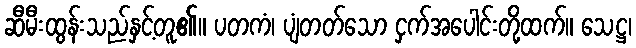
ဆီမီးထွန်းသည်နှင့်တူ၏။ ပတကံ၊ ပျံတတ်သော ငှက်အပေါင်းတို့ထက်။ သေဋ္ဌ၊